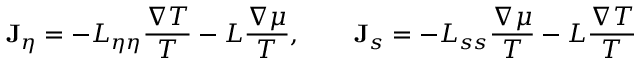
{ \bf J } _ { \eta } = - L _ { \eta \eta } \frac { \nabla T } { T } - L \frac { \nabla \mu } { T } , \qquad { \bf J } _ { s } = - L _ { s s } \frac { \nabla \mu } { T } - L \frac { \nabla T } { T }